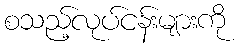
စသည့်လုပ်ငန်းများကို